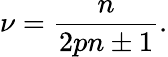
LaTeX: \nu={\frac{n}{2pn\pm 1}}.